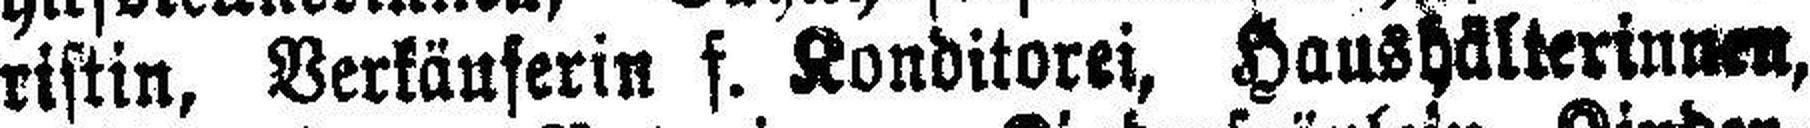
ristin, Verkäuferin f. Konditorei, Haushälterinnen,